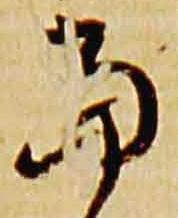
当